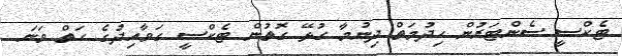
ޓެކްސީ ސެންޓަރުން ހިދުމަތް ދިނުމާ ގުޅޭ ގޮތުން ޓެކްސީ ގަވާއިދުގެ ހަތް ވަނަ